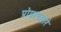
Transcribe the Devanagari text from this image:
प्रोग्रामद्वारे